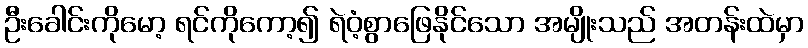
ဦးခေါင်းကိုမော့ ရင်ကိုကော့၍ ရဲဝံ့စွာဖြေနိုင်သော အမျိုးသည် အတန်းထဲမှာ